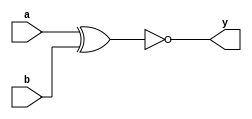
module xor_gate(output y, input a, input b);  
    xnor(y, a, b);
  
endmodule